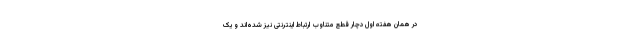
در همان هفته اول دچار قطع متناوب ارتباط اینترنتی نیز شده‌اند و یک